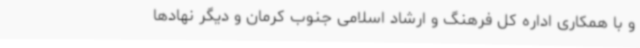
و با همکاری اداره کل فرهنگ و ارشاد اسلامی جنوب کرمان و دیگر نهادها